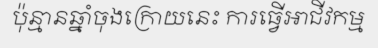
ប៉ុន្មានឆ្នាំចុងក្រោយនេះ ការធ្វើអាជីវកម្ម